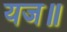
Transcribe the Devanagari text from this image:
यज॥